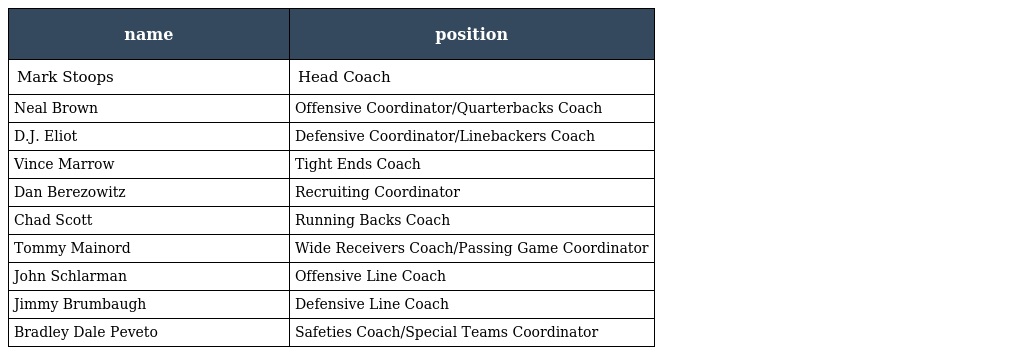
| name | position |
 | --- | --- |
 | Mark Stoops | Head Coach |
 | Neal Brown | Offensive Coordinator/Quarterbacks Coach |
 | D.J. Eliot | Defensive Coordinator/Linebackers Coach |
 | Vince Marrow | Tight Ends Coach |
 | Dan Berezowitz | Recruiting Coordinator |
 | Chad Scott | Running Backs Coach |
 | Tommy Mainord | Wide Receivers Coach/Passing Game Coordinator |
 | John Schlarman | Offensive Line Coach |
 | Jimmy Brumbaugh | Defensive Line Coach |
 | Bradley Dale Peveto | Safeties Coach/Special Teams Coordinator |